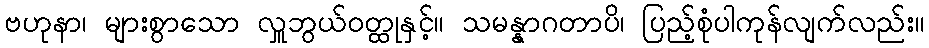
ဗဟုနာ၊ များစွာသော လှူဘွယ်ဝတ္ထုနှင့်။ သမန္နာဂတာပိ၊ ပြည့်စုံပါကုန်လျက်လည်း။